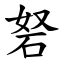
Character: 砮